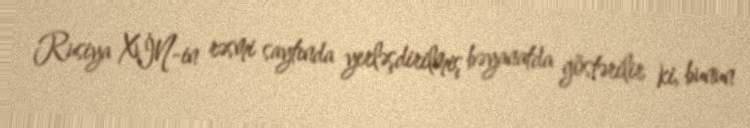
Rusiya XİN-in rəsmi saytında yerləşdirilmiş bəyanatda göstərilir ki, bunun